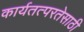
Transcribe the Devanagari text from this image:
कार्यतत्परतेसाठी